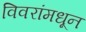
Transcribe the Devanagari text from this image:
विवरांमधून